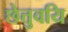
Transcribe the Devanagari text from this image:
छेत्तुवयि